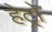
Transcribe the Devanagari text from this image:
हेट्रो